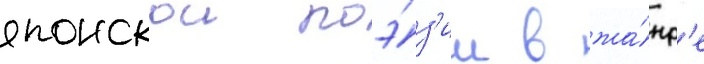
японскои поэ́з'ии в жа́нр'е